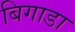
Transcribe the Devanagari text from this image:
बिगाडा